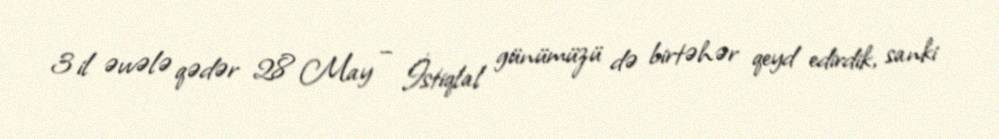
3 il əvvələ qədər 28 May – İstiqlal günümüzü də birtəhər qeyd edirdik, sanki